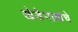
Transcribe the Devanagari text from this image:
खेडेगावांचे